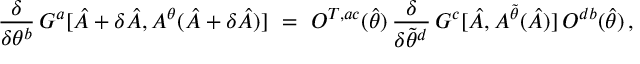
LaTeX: \frac { \delta } { \delta \theta ^ { b } } \, G ^ { a } [ \hat { A } + \delta \hat { A } , A ^ { \theta } ( \hat { A } + \delta \hat { A } ) ] \ = \ O ^ { T , a c } ( \hat { \theta } ) \, \frac { \delta } { \delta \tilde { \theta } ^ { d } } \, G ^ { c } [ \hat { A } , A ^ { \tilde { \theta } } ( \hat { A } ) ] \, O ^ { d b } ( \hat { \theta } ) \, ,